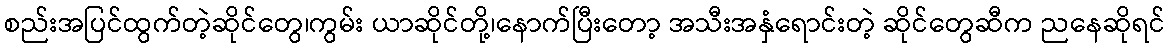
စည်းအပြင်ထွက်တဲ့ဆိုင်တွေ၊ကွမ်း ယာဆိုင်တို့၊နောက်ပြီးတော့ အသီးအနှံရောင်းတဲ့ ဆိုင်တွေဆီက ညနေဆိုရင်